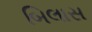
બિલાસ